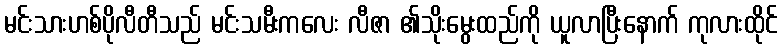
မင်းသားဟစ်ပိုလီတီသည် မင်းသမီးကလေး လီဇာ ၏သိုးမွေးထည်ကို ယူလာပြီးနောက် ကုလားထိုင်